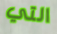
التي